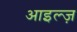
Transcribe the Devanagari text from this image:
आइल्ज़